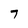
Character: 7